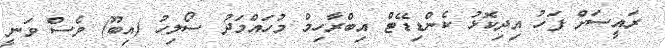
ރައީސަށް ފަހު އިދިކޮޅު ކެންޑިޑޭޓް އިބްރާހިމް މުހައްމަދު ސޯލިހު (އިބޫ) ވެސް ވަނީ